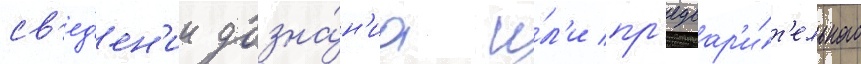
св'ед'ен'ии дозна́н'иа и́л'и пр'едвар'и́т'ельного